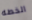
الخطه